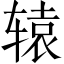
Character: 辕